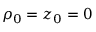
\rho _ { 0 } = z _ { 0 } = 0